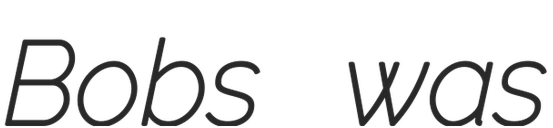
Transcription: Bobs was